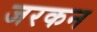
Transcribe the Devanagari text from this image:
जरकन